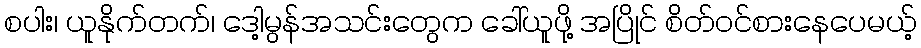
စပါး၊ ယူနိုက်တက်၊ ဒေါ့မွန်အသင်းတွေက ခေါ်ယူဖို့ အပြိုင် စိတ်ဝင်စားနေပေမယ့်